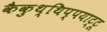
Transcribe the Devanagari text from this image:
कैकुथ्थिप्पयाट्टू